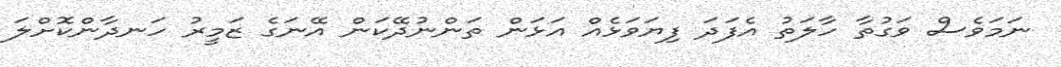
ނަމަވެސް ވަގުތާ ހާލަތު އެފަދަ ފިޔަވަޅެއް އަޅަން ތަންނުދޭކަން އޭނަގެ ޒަމީރު ހަނދާންކޮށްލަ